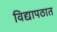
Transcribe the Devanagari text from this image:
विद्यापठात